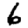
Digit: 6